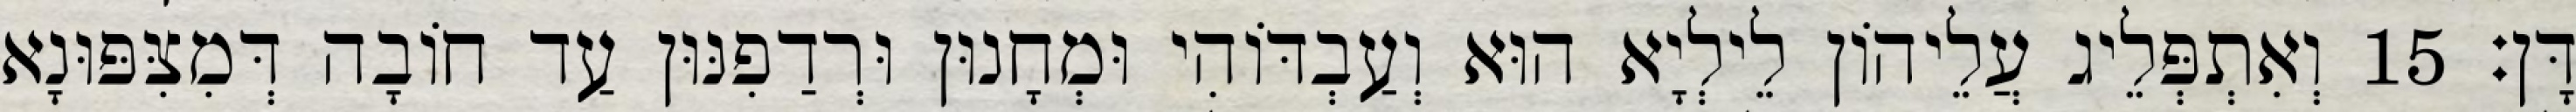
דָּן׃ 15 וְאִתְפְּלֵיג עֲלֵיהוֹן לֵילְיָא הוּא וְעַבְדּוֹהִי וּמְחָנוּן וּרְדַפִנּוּן עַד חוֹבָה דְּמִצִּפּוּנָא